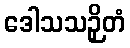
ဒေါသသဉှိတံ